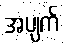
အပျက်